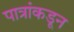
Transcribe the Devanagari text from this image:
पात्रांकडून